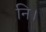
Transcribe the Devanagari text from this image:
नि।